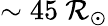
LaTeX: \sim45~\mathcal{R}_{\odot}